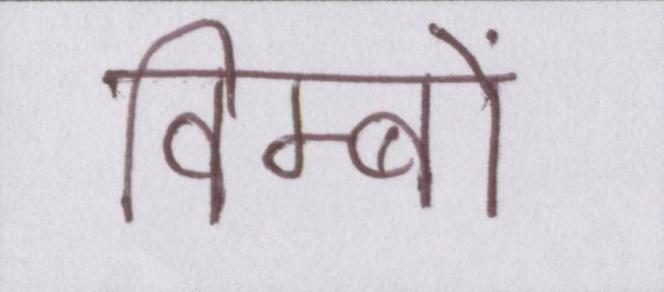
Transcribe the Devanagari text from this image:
विम्बों